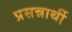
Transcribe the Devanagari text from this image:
प्रसन्नार्थी